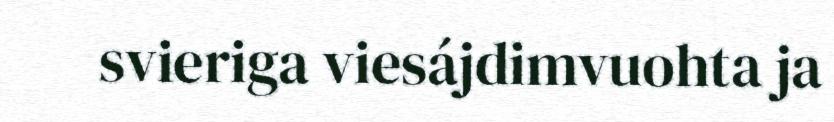
svieriga viesájdimvuohta ja